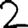
Digit: 2